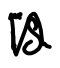
Text: is
Cross-out: zig-zag
Writing tool: digital_black